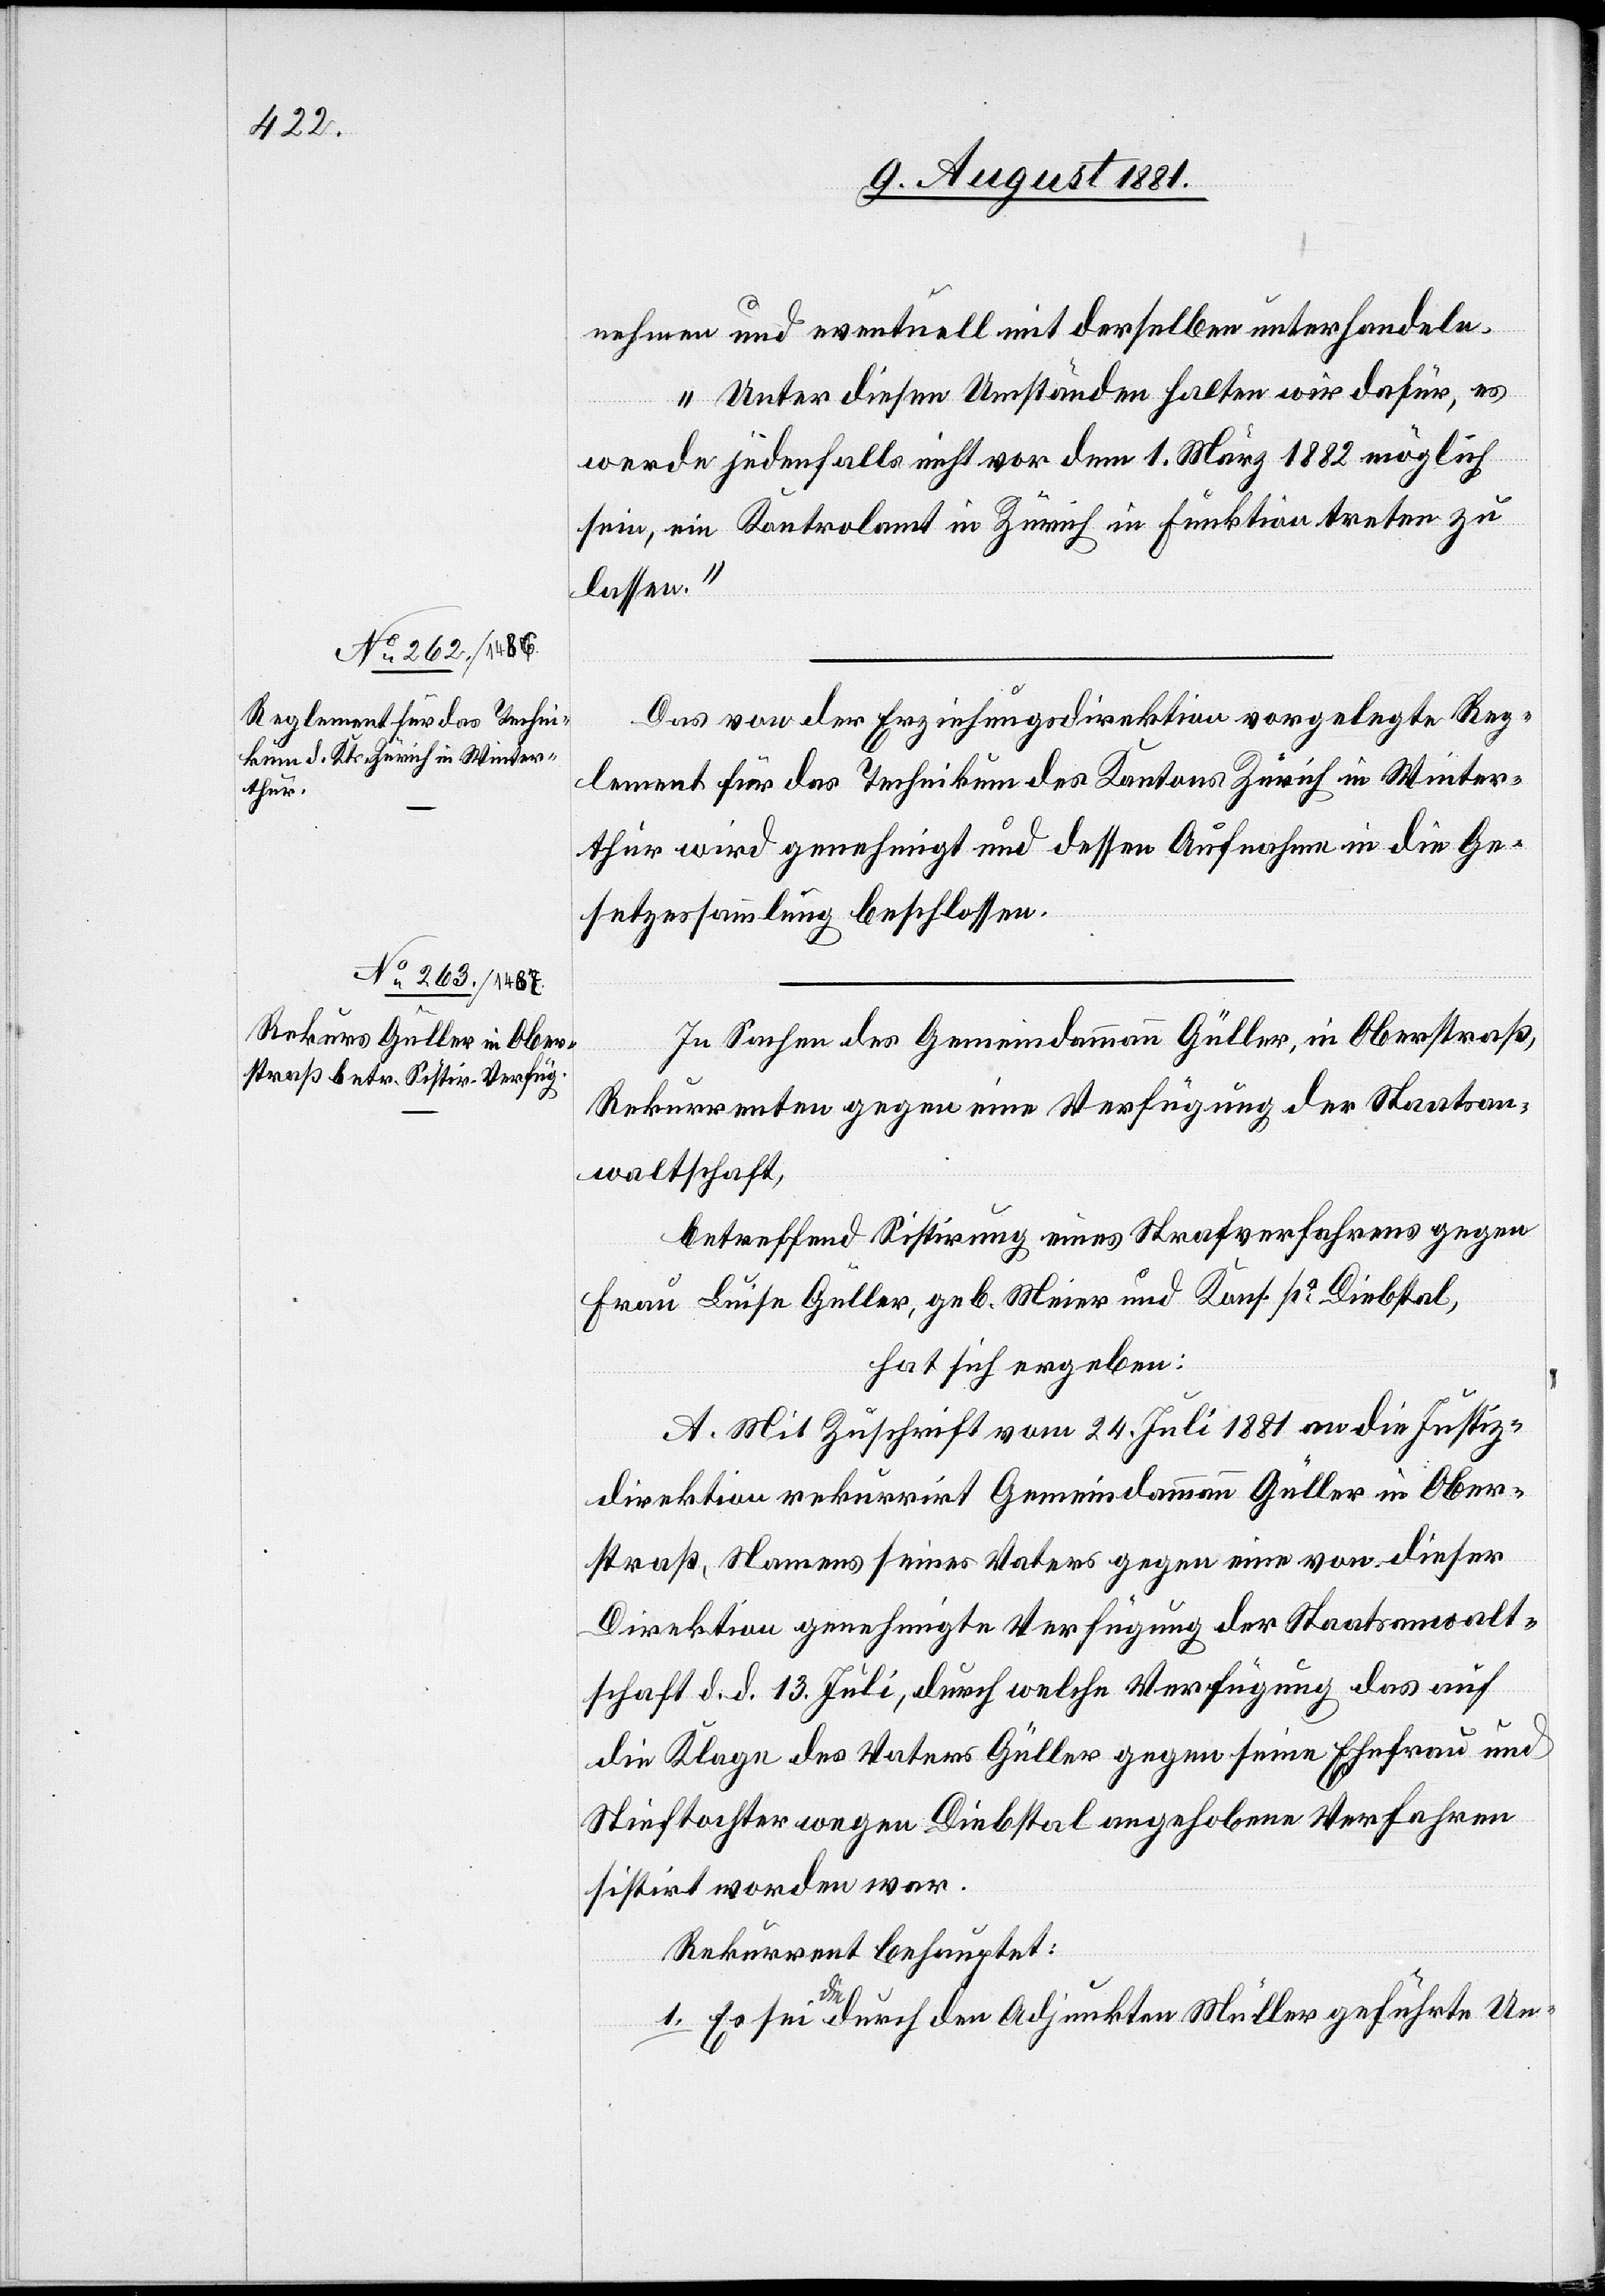
nehmen und eventuell mit derselben unterhandeln.
Unter diesen Umständen halten wir dafür, es
werde jedenfalls nicht vor dem 1. März 1882 möglich
sein, ein Kontrolamt in Zürich in Funktion treten zu
lassen.“
Das von der Erziehungsdirektion vorgelegte Reg¬
lement für das Technikum des Kantons Zürich in Winter¬
thur wird genehmigt und dessen Aufnahme in die Ge¬
setzessammlung beschlossen.
In Sachen des Gemeindammann Güller, in Oberstraß,
Rekurrenten gegen eine Verfügung der Staatsan¬
waltschaft,
betreffend Sistirung eines Strafverfahrens gegen
Frau Luise Güller, geb. Meier und Kons. po Diebstal,
hat sich ergeben:
A. Mit Zuschrift vom 24. Juli 1881 an die Justiz¬
direktion rekurrirt Gemeindammann Güller in Ober¬
straß, Namens seines Vaters gegen eine von dieser
Direktion genehmigte Verfügung der Staatsanwalt¬
schaft d. d. 13. Juli, durch welche Verfügung das auf
die Klage des Vaters Güller gegen seine Ehefrau und
Stieftochter wegen Diebstal angehobene Verfahren
sistirt worden war.
Rekurrent behauptet:
1. Es sie die durch den Adjunkten Müller geführte Un-